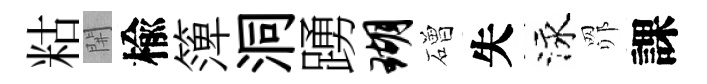
䊀𨳩楡𥱼洞踴瑚磳失泳𦊑課